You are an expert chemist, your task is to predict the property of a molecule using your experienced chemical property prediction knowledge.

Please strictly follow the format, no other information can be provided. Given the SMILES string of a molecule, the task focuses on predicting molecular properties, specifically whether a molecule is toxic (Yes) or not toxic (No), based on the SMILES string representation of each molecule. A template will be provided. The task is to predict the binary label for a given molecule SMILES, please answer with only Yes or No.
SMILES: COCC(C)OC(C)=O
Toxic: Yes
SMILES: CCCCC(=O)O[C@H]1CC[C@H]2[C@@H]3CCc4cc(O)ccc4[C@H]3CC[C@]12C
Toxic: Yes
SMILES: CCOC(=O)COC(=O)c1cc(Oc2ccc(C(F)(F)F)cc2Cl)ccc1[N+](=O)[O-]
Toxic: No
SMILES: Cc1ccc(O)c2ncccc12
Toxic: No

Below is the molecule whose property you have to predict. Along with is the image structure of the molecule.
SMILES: Oc1ccc2ccccc2c1
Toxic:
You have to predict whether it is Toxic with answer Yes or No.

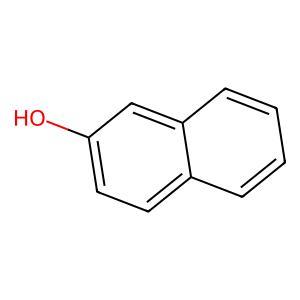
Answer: No